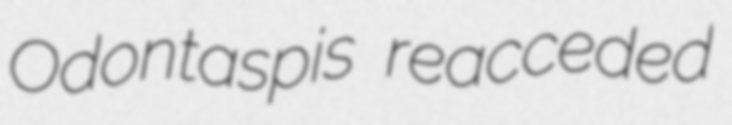
Odontaspis reacceded